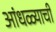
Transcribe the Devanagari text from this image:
आंधळ्याची